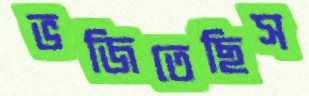
ভজিতেছিস